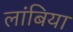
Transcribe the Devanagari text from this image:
लांबिया